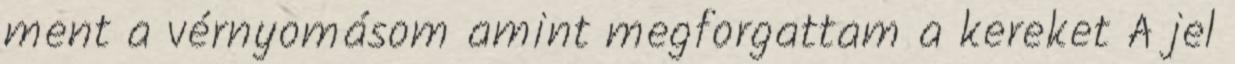
ment a vérnyomásom amint megforgattam a kereket A jel